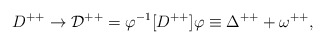
\begin{align*}D^{++} \rightarrow {\cal D}^{++} = \varphi^{-1} [D^{++}] \varphi\equiv \Delta^{++} + \omega^{++}, \end{align*}